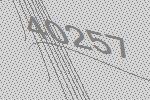
40257